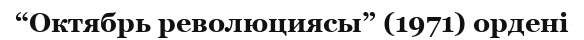
“Октябрь революциясы” (1971) ордені